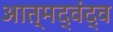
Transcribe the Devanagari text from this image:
आत्मद्वंद्व